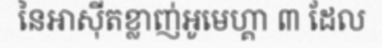
នៃអាស៊ីតខ្លាញ់អូមេហ្គា ៣ ដែល